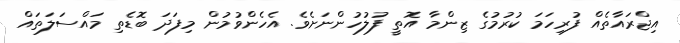
އިޖްރައާތެއް ފުރިހަމަ ކުރުމުގެ ޒިންމާ އޮތީ ފުލުހުންނަށެވެ. އެހެންވުމުން މިފަދަ ބޮޑެތި މައްސަލަތައް